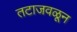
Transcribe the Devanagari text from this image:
तटाजवळून